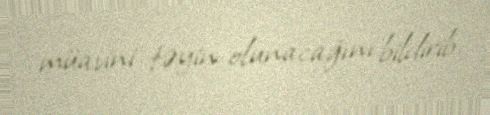
müavini təyin olunacağını bildirib.